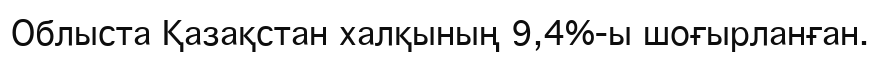
Облыста Қазақстан халқының 9,4%-ы шоғырланған.